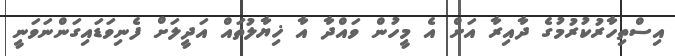
އިސްތިހާރުކުރުމުގެ ދާއިރާ އަށް އެ މީހުން ވައްދާ އާ ޚިޔާލުތައް އަދީލަށް ފެނިވަޑައިގަންނަވަނީ